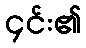
၄င်း၏